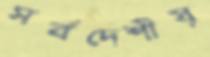
সর্বদেশীয়